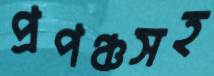
প্রপঞ্চসহ